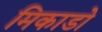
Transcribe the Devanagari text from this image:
मिकाडो